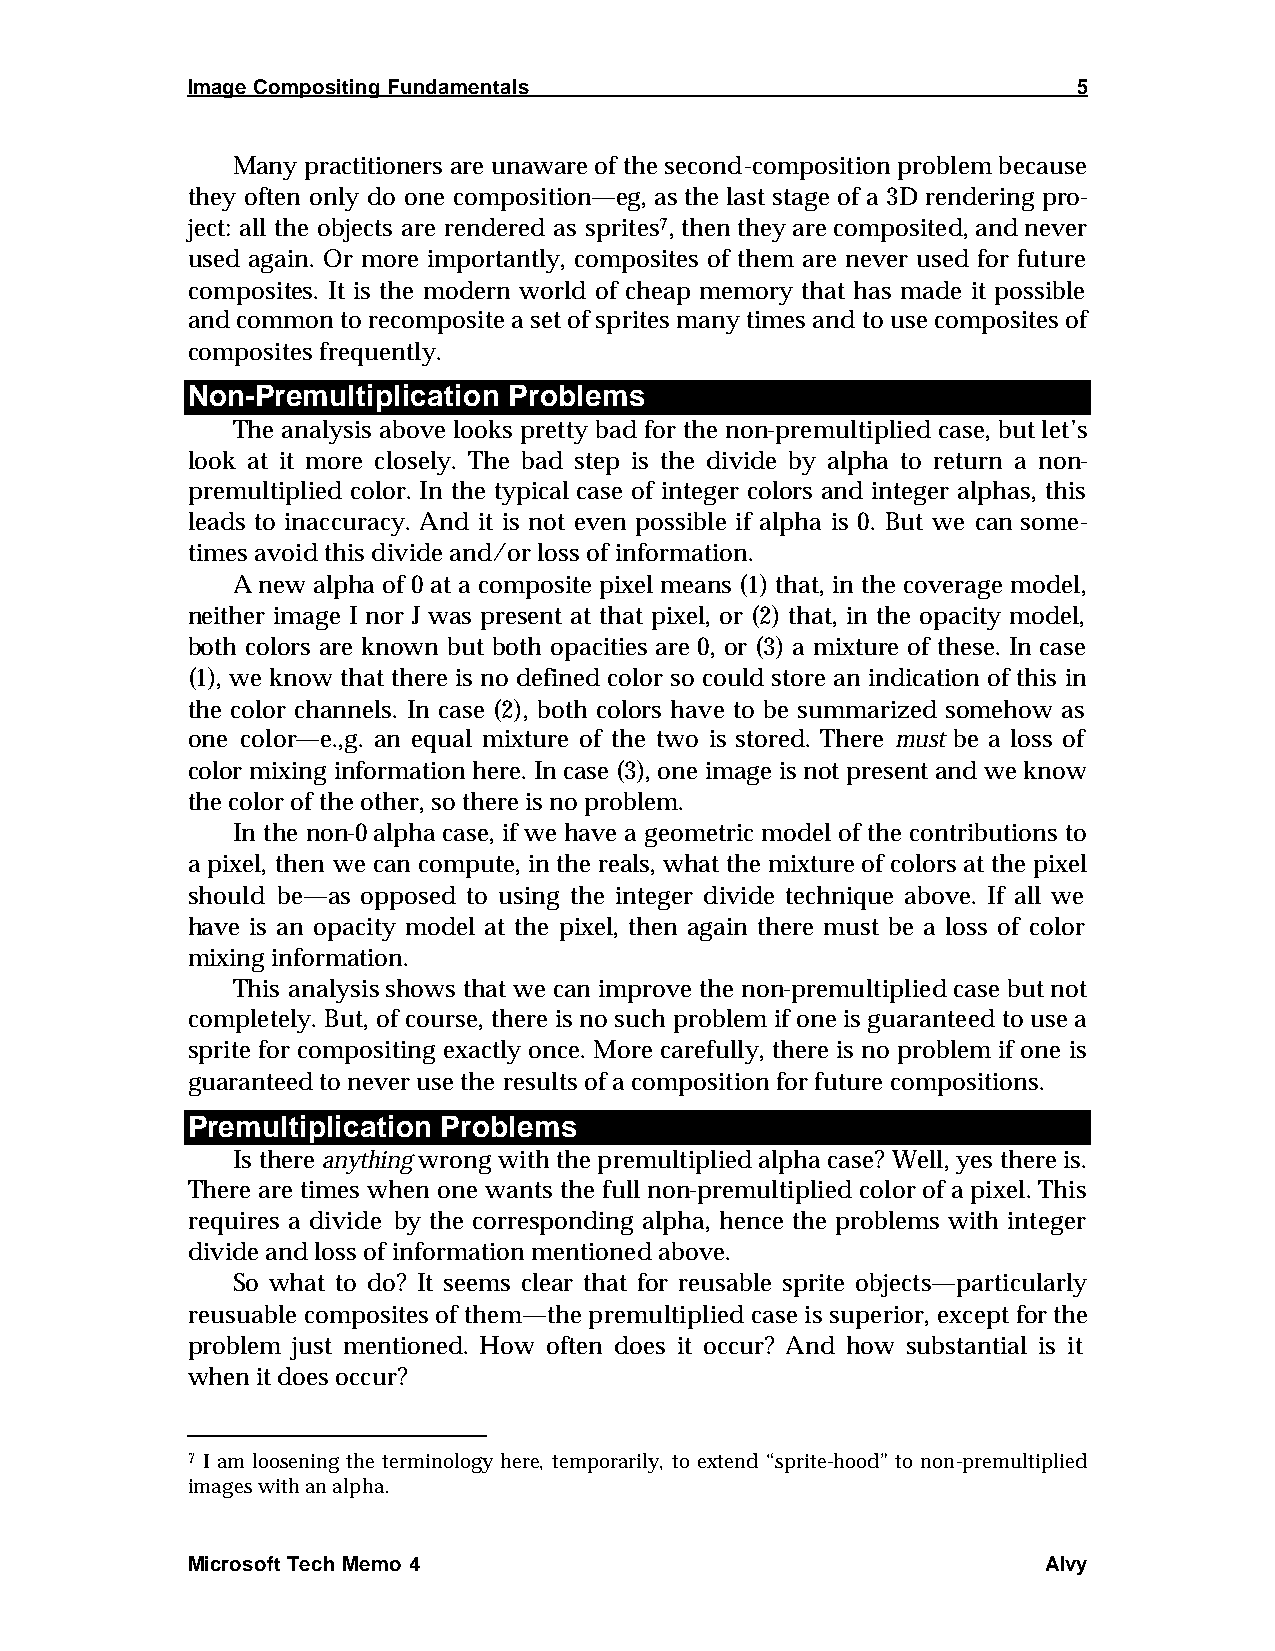
Image Compositing Fundamentals                             5
 Many practitioners are unaware of the second-composition problem because
 they often only do one composition—eg, as the last stage of a 3D rendering pro-
 ject: all the objects are rendered as sprites7, then they are composited, and never
 used again. Or more importantly, composites of them are never used for future
 composites. It is the modern world of cheap memory that has made it possible
 and common to recomposite a set of sprites many times and to use composites of
 composites frequently.
 Non-Premultiplication Problems
 The analysis above looks pretty bad for the non-premultiplied case, but let’s
 look at it more closely. The bad step is the divide by alpha to return a non-
 premultiplied color. In the typical case of integer colors and integer alphas, this
 leads to inaccuracy. And it is not even possible if alpha is 0. But we can some-
 times avoid this divide and/or loss of information.
 A new alpha of 0 at a composite pixel means (1) that, in the coverage model,
 neither image I nor J was present at that pixel, or (2) that, in the opacity model,
 both colors are known but both opacities are 0, or (3) a mixture of these. In case
 (1), we know that there is no defined color so could store an indication of this in
 the color channels. In case (2), both colors have to be summarized somehow as
 one color—e.,g. an equal mixture of the two is stored. There must be a loss of
 color mixing information here. In case (3), one image is not present and we know
 the color of the other, so there is no problem.
 In the non-0 alpha case, if we have a geometric model of the contributions to
 a pixel, then we can compute, in the reals, what the mixture of colors at the pixel
 should be—as opposed to using the integer divide technique above. If all we
 have is an opacity model at the pixel, then again there must be a loss of color
 mixing information.
 This analysis shows that we can improve the non-premultiplied case but not
 completely. But, of course, there is no such problem if one is guaranteed to use a
 sprite for compositing exactly once. More carefully, there is no problem if one is
 guaranteed to never use the results of a composition for future compositions.
 Premultiplication Problems
 Is there anything wrong with the premultiplied alpha case? Well, yes there is.
 There are times when one wants the full non-premultiplied color of a pixel. This
 requires a divide by the corresponding alpha, hence the problems with integer
 divide and loss of information mentioned above.
 So what to do? It seems clear that for reusable sprite objects—particularly
 reusuable composites of them—the premultiplied case is superior, except for the
 problem just mentioned. How often does it occur? And how substantial is it
 when it does occur?
 7 I am loosening the terminology here, temporarily, to extend “sprite-hood” to non-premultiplied
 images with an alpha.
 Microsoft Tech Memo 4                                    Alvy